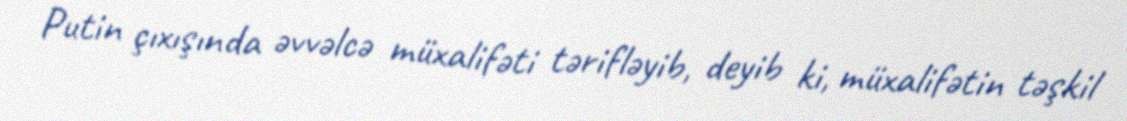
Putin çıxışında əvvəlcə müxalifəti tərifləyib, deyib ki, müxalifətin təşkil